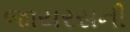
જાયરસની